Annual vaccination report of Bihar and Orissa - 1911-1928
Year: 1911
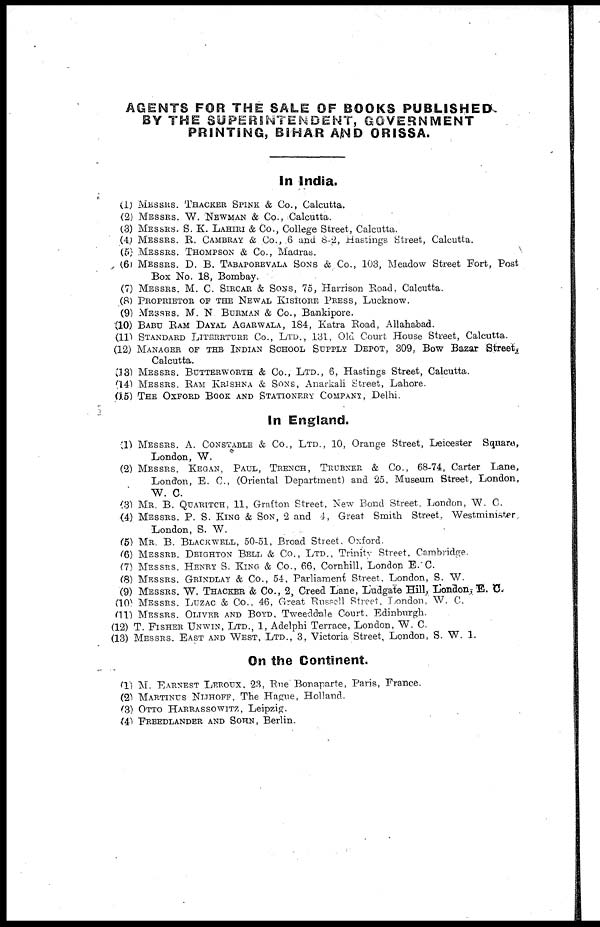
AGENTS FOR THE SALE OF BOOKS PUBLISHED
BY THE SUPERINTENDENT, GOVERNMENT
PRINTING, BIHAR AND ORISSA.
In India.
(1) MESSRS. THACKER SPINK & Co., Calcutta.
(2) MESSRS. W. NEWMAN & Co., Calcutta.
(3) MESSRS. S. K. LAHIRI & CO., College Street, Calcutta.
(4) MESSRS. R. CAMBRAY & Co., 6 and 8-2, Hastings Street, Calcutta.
(5) MESSRS. THOMPSON & Co., Madras.
(6) MESSRS. D. B. TABAPOREVALA SONS & Co., 103, Meadow Street Fort, Post
Box No. 18, Bombay.
(7) MESSRS. M. C. SIRCAR & SONS, 75, Harrison Road, Calcutta.
(8) PROPRIETOR OF THE NEWAL KISHORE PRESS, Lucknow.
(9) MESSRS. M. N BURMAN & Co., Bankipore.
(10) BABU RAM DAYAL AGARWALA, 184, Katra Road, Allahabad.
(11) STANDARD LITERRTURE CO., LTD., 131, Old Court House Street, Calcutta.
(12) MANAGER OF THE INDIAN SCHOOL SUPPLY DEPOT, 309, Bow Bazar Street,
Calcutta.
(13) MESSRS. BUTTERWORTH & Co., LTD., 6, Hastings Street, Calcutta.
(14) MESSRS. RAM KRISHNA & SONS, Anarkali Street, Lahore.
(15) THE OXFORD BOOK AND STATIONERY COMPANY, Delhi.
In England.
(1) MESSRS. A. CONSTABLE & Co., LTD., 10, Orange Street, Leicester Square,
London, W.
(2) MESSRS. KEGAN, PAUL, TRENCH, TRUBNER & Co., 68-74, Carter Lane,
London, E. C., (Oriental Department) and 25, Museum Street, London,
W. C.
(3) MR. B. QUARITCH, 11, Grafton Street, New Bond Street, London, W. C.
(4) MESSRS. P. S. KING & SON, 2 and 4, Great Smith Street, Westminister
London, S. W.
(5) MR. B. BLACKWELL, 50-51, Broad Street. Oxford.
(6) MESSRS. DEIGHTON BELL & Co., LTD., Trinity Street, Cambridge.
(7) MESSRS. HENRY S. KING & Co., 66, Cornhill, London E.C.
(8) MESSRS. GRINDLAY & Co., 54, Parliament Street, London, S. W.
(9) MESSRS. W. THACKER & Co., 2, Creed Lane, Ludgate Hill, London, E. C.
(10) MESSRS. LUZAC & Co., 46, Great Russell Street, London, W. C.
(11) MESSRS. OLIVER AND BOYD, Tweeddale Court, Edinburgh.
(12) T. FISHER UNWIN, LTD., 1, Adelphi Terrace, London, W. C.
(13) MESSRS. EAST AND WEST, LTD., 3, Victoria Street, London, S. W. 1.
On the Continent.
(1) M. EARNEST LEROUX, 23, Rue Bonaparte, Paris, France.
(2) MARTINUS NIJHOFF, The Hague, Holland.
(3) OTTO HARRASSOWITZ, Leipzig.
(4) FREEDLANDER AND SOHN, Berlin.